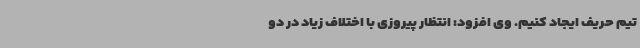
تیم حریف ایجاد کنیم. وی افزود: انتظار پیروزی با اختلاف زیاد در دو